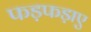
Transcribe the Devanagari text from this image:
फड़फड़ाए